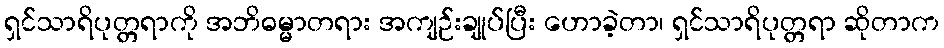
ရှင်သာရိပုတ္တရာကို အဘိဓမ္မာတရား အကျဉ်းချုပ်ပြီး ဟောခဲ့တာ၊ ရှင်သာရိပုတ္တရာ ဆိုတာက